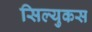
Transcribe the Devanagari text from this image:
सिल्युकस